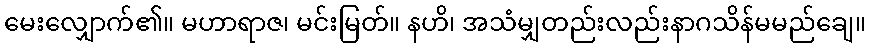
မေးလျှောက်၏။ မဟာရာဇ၊ မင်းမြတ်။ နဟိ၊ အသံမျှတည်းလည်းနာဂသိန်မမည်ချေ။